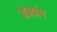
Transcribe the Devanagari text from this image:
तेन्दांग